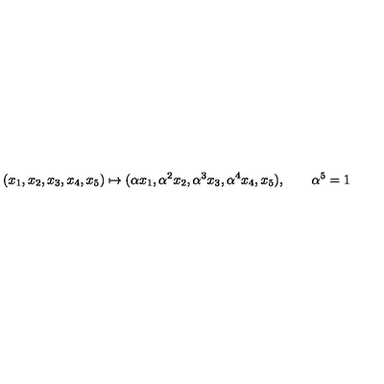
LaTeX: ( x _ { 1 } , x _ { 2 } , x _ { 3 } , x _ { 4 } , x _ { 5 } ) \mapsto ( \alpha x _ { 1 } , \alpha ^ { 2 } x _ { 2 } , \alpha ^ { 3 } x _ { 3 } , \alpha ^ { 4 } x _ { 4 } , x _ { 5 } ) , \qquad \alpha ^ { 5 } = 1